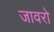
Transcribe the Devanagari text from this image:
जावरो